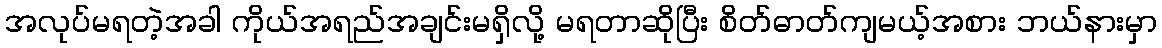
အလုပ်မရတဲ့အခါ ကိုယ်အရည်အချင်းမရှိလို့ မရတာဆိုပြီး စိတ်ဓာတ်ကျမယ့်အစား ဘယ်နားမှာ